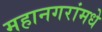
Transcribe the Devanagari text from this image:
महानगरांमधे